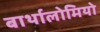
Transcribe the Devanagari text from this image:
बार्थालोमियो